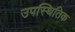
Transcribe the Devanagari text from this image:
उपस्थितिक